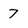
Character: 7